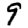
Digit: 9